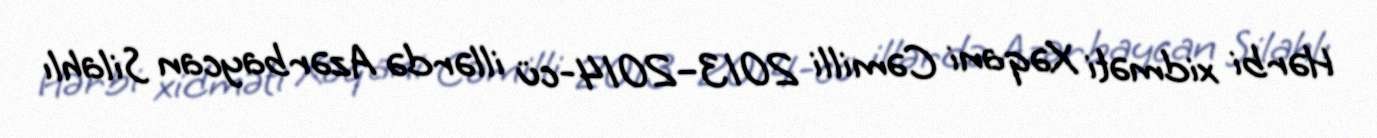
Hərbi xidməti Xəqani Cəmilli 2013–2014-cü illərdə Azərbaycan Silahlı